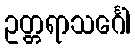
ဥတ္တရာသင်္ဂေါ